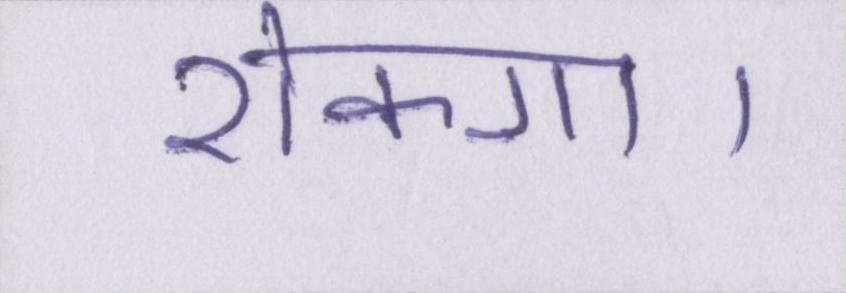
रोकगा।